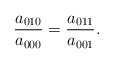
\begin{align*}\frac{a_{010}}{a_{000}} = \frac{a_{011}}{a_{001}}.\end{align*}